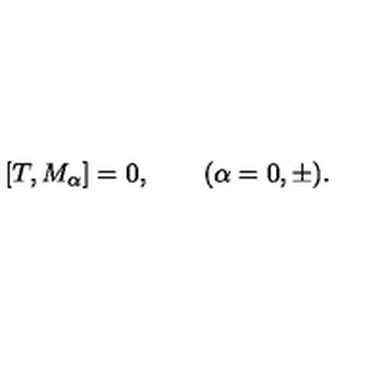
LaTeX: [ T , M _ { \alpha } ] = 0 , \qquad ( \alpha = 0 , \pm ) .